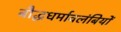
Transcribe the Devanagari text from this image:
बौद्धधर्मावलंबियों